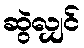
ဆွဲလျှင်